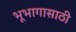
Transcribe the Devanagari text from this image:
भूभागासाठी